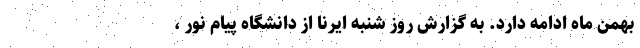
بهمن ماه ادامه دارد. به گزارش روز شنبه ایرنا از دانشگاه پیام نور ،